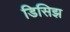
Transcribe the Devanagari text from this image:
डिसिझ